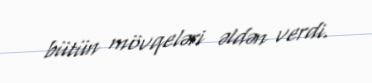
bütün mövqeləri əldən verdi.